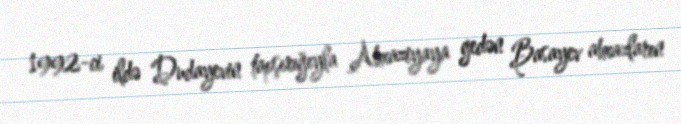
1992-ci ildə Dudayevin tapşırığıyla Abxaziyaya gedən Basayev abxazların